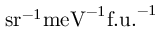
\mathrm { s r } ^ { - 1 } \mathrm { m e V } ^ { - 1 } \mathrm { f . u . } ^ { - 1 }